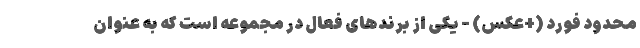
محدود فورد (+عکس) - یکی از برندهای فعال در مجموعه است که به عنوان